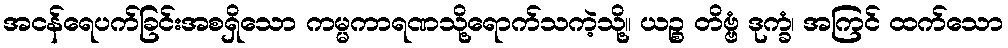
အငန်ရေပက်ခြင်းအစရှိသော ကမ္မကာရဏသို့ရောက်သကဲ့သို့။ ယဉ္စ တိဗ္ဗံ ဒုက္ခံ၊ အကြင် ထက်သော